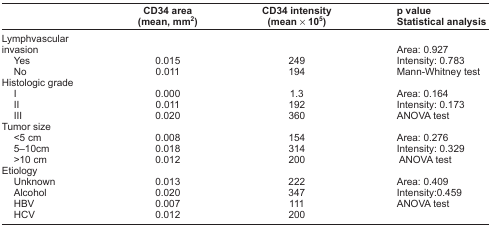
<table><thead><tr><td></td><td><b>CD34 area (mean, mm<sup>2</sup>)</b></td><td><b>CD34 intensity (mean × 10<sup>5</sup>)</b></td><td><b>p value Statistical analysis</b></td></tr></thead><tbody><tr><td>Lymphvascular invasion</td><td></td><td></td><td>Area: 0.927</td></tr><tr><td> Yes</td><td>0.015</td><td>249</td><td>Intensity: 0.783</td></tr><tr><td> No</td><td>0.011</td><td>194</td><td>Mann-Whitney test</td></tr><tr><td colspan="4">Histologic grade</td></tr><tr><td> I</td><td>0.000</td><td>1.3</td><td>Area: 0.164</td></tr><tr><td> II</td><td>0.011</td><td>192</td><td>Intensity: 0.173</td></tr><tr><td> III</td><td>0.020</td><td>360</td><td>ANOVA test</td></tr><tr><td colspan="4">Tumor size</td></tr><tr><td> &lt;5 cm</td><td>0.008</td><td>154</td><td>Area: 0.276</td></tr><tr><td> 5–10cm</td><td>0.018</td><td>314</td><td>Intensity: 0.329</td></tr><tr><td> &gt;10 cm</td><td>0.012</td><td>200</td><td>ANOVA test</td></tr><tr><td colspan="4">Etiology</td></tr><tr><td> Unknown</td><td>0.013</td><td>222</td><td>Area: 0.409</td></tr><tr><td> Alcohol</td><td>0.020</td><td>347</td><td>Intensity:0.459</td></tr><tr><td> HBV</td><td>0.007</td><td>111</td><td>ANOVA test</td></tr><tr><td> HCV</td><td>0.012</td><td>200</td><td></td></tr></tbody></table>